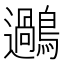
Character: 𪆹